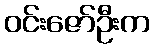
ဝင်းဇော်ဦးက